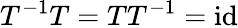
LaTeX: T^{-1}T=TT^{-1}=\mathrm{id}